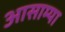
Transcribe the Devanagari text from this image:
आसाम्या